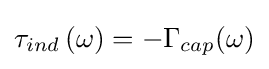
\tau _{ind}\left(\omega \right)=-\Gamma _{cap}(\omega )